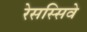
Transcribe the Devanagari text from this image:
रेसस्सिवे